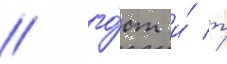
/ го́ст и́ т